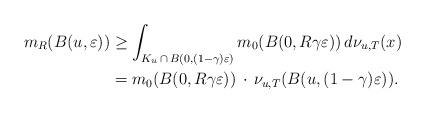
LaTeX: \begin{align*} m_{R}( B(u,\varepsilon))&\ge \int_{K_{u}\,\cap\, B(0,(1-\gamma )\varepsilon )}m_{0}(B(0,R\gamma \varepsilon ))\,d\nu _{u,T}(x)\\&=m_{0}(B(0,R\gamma \varepsilon ))\,\cdot\,\nu _{u,T}(B(u,(1-\gamma )\varepsilon )).\end{align*}